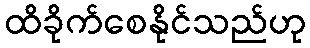
ထိခိုက်စေနိုင်သည်ဟု